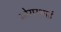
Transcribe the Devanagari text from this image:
मोरारभाई